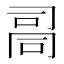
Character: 𰇾